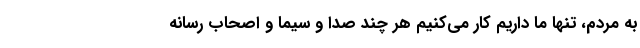
به مردم، تنها ما داریم کار می‌کنیم هر چند صدا و سیما و اصحاب رسانه